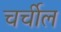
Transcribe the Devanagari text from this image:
चर्चील